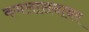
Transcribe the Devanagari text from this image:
कमलासनावर